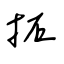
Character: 拓